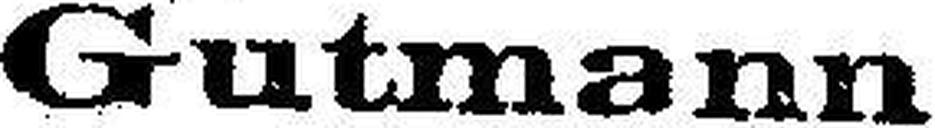
Gutmann